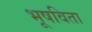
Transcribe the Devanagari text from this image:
भूषविता